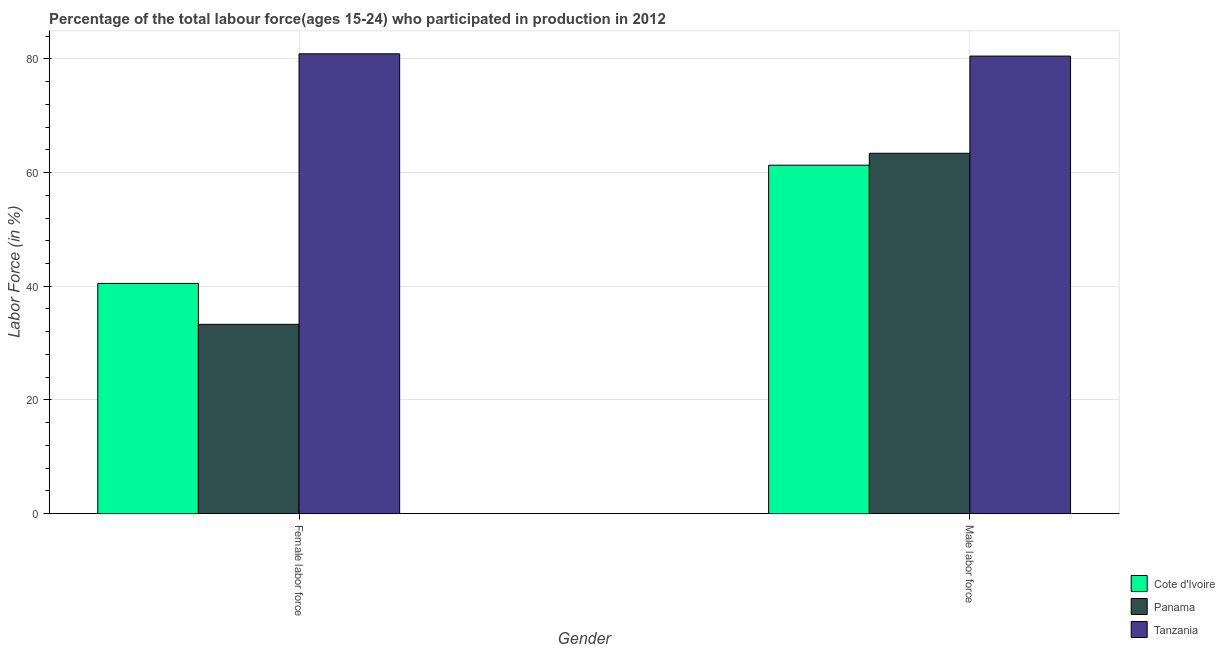
| Gender | Cote d'Ivoire | Panama | Tanzania |
 | --- | --- | --- | --- |
 | Female labor force | 40.5 | 33.3 | 80.9 |
 | Male labor force | 61.3 | 63.4 | 80.5 |